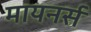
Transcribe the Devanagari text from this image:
मायनर्स